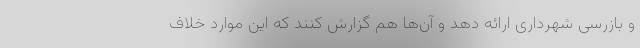
و بازرسی شهرداری ارائه دهد و آن‌ها هم گزارش کنند که این موارد خلاف